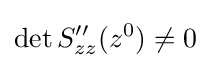
\det S''_{zz}(z^{0})\neq 0